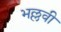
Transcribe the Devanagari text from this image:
भल्लवी